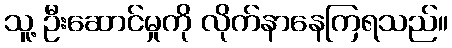
သူ့ ဦးဆောင်မှုကို လိုက်နာနေကြရသည်။